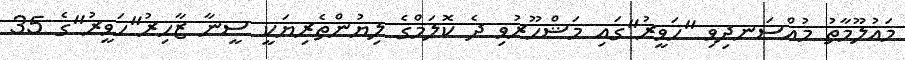
މައުލޫމާތު މުއްސަނދިވި "ހަވީރު"ގައި މަޝްހޫރުވި ދެ ކޮލަމްގެ ލިޔުންތެރިޔަކީ ސީނާ ޒާހިރު"ހަވީރު"ގެ 35